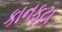
કાનફટા